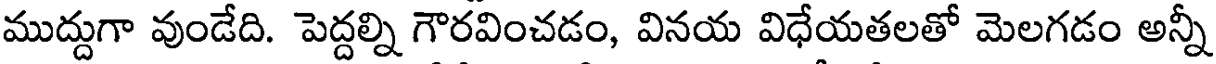
ముద్దుగా వుండేది. పెద్దల్ని గౌరవించడం, వినయ విధేయతలతో మెలగడం అన్నీ